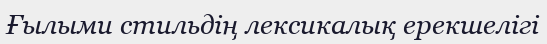
Ғылыми стильдің лексикалық ерекшелігі